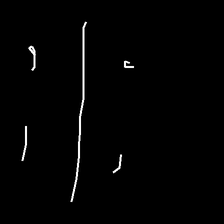
Glyph: cool